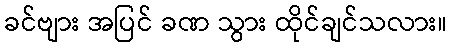
ခင်ဗျား အပြင် ခဏ သွား ထိုင်ချင်သလား။